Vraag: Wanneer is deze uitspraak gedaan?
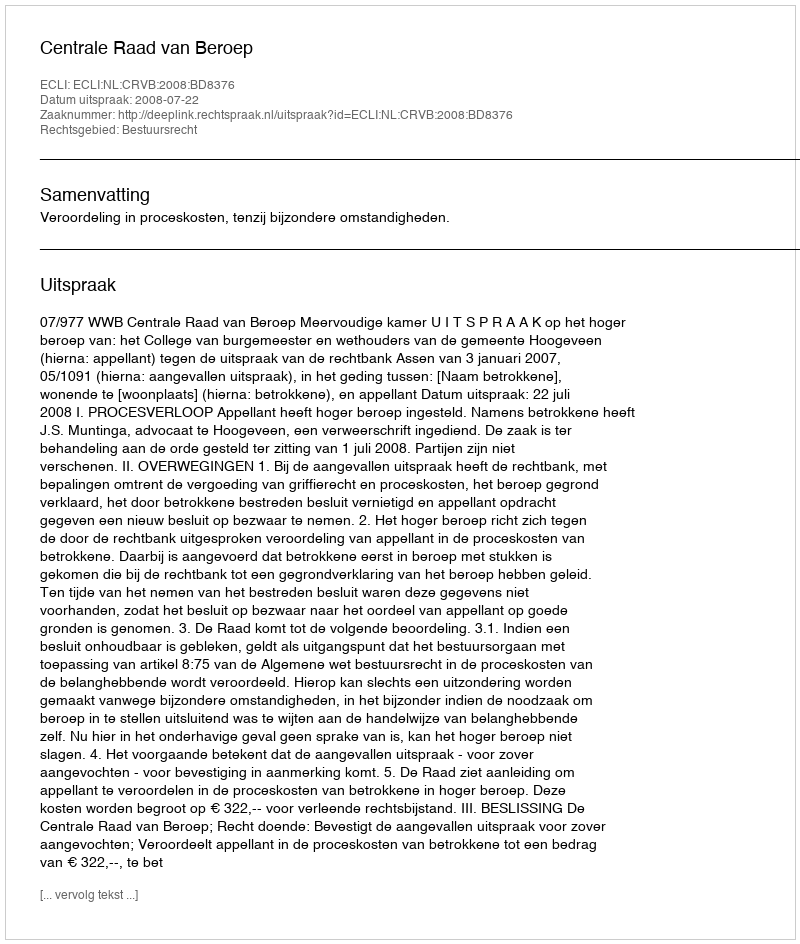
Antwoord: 2008-07-22